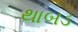
થાબડ